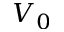
V _ { 0 }